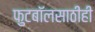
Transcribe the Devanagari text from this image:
फुटबॉलसाठीही